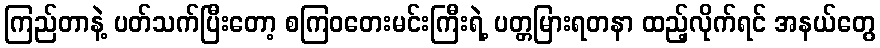
ကြည်တာနဲ့ ပတ်သက်ပြီးတော့ စကြဝတေးမင်းကြီးရဲ့ ပတ္တမြားရတနာ ထည့်လိုက်ရင် အနယ်တွေ